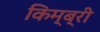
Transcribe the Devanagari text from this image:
किम्ब्री